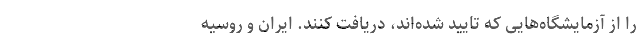
را از آزمایشگاه‌هایی که تایید شده‌اند، دریافت کنند. ایران و روسیه